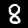
Label: 8